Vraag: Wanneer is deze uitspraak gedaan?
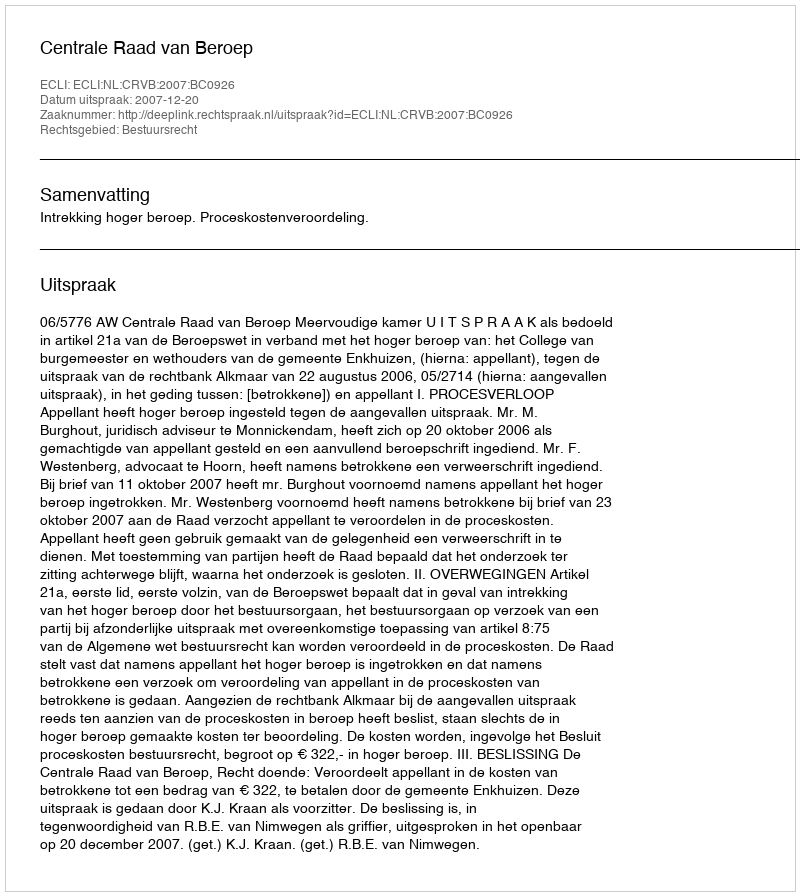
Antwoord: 2007-12-20